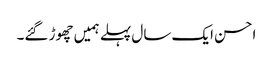
احسن ایک سال پہلے ہمیں چھوڑ گئے۔